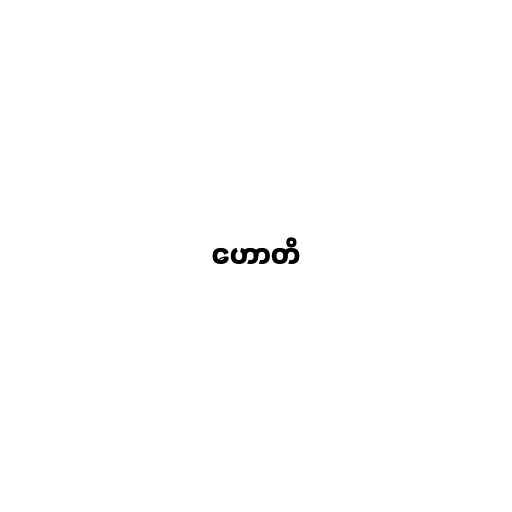
ဟောတိ